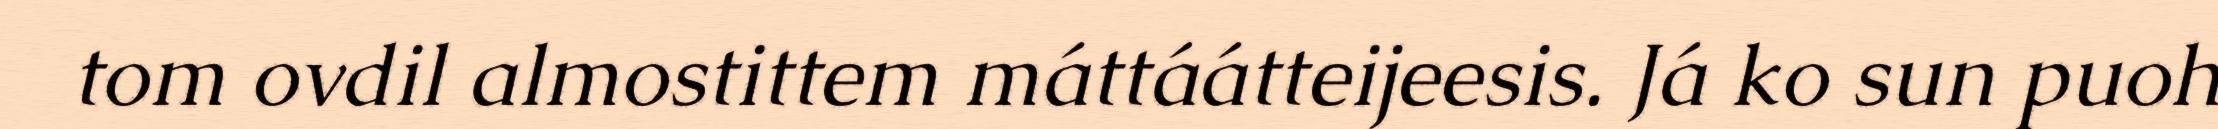
tom ovdil almostittem máttáátteijeesis. Já ko sun puoh